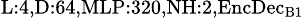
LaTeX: _{\textrm{L}:4,\textrm{D}:64,\textrm{MLP}:320,\textrm{NH}:2,\textrm{EncDec}_{\textrm{B}1}}